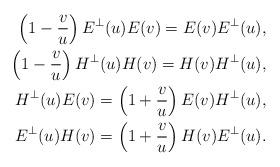
LaTeX: \begin{align*}\left(1-\frac{v}{u}\right)E^\perp(u)E(v)= E(v)E^\perp(u),\\\left(1-\frac{v}{u}\right)H^\perp(u)H(v)= H(v)H^\perp(u),\\H^\perp(u)E(v)= \left(1+\frac{v}{u}\right)E(v)H^\perp(u),\\E^\perp(u)H(v)= \left(1+\frac{v}{u}\right)H(v)E^\perp(u).\end{align*}